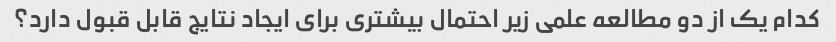
کدام یک از دو مطالعه علمی زیر احتمال بیشتری برای ایجاد نتایج قابل قبول دارد؟